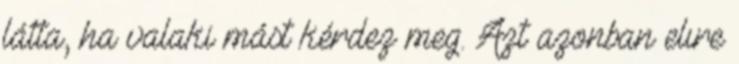
látta, ha valaki mást kérdez meg. Azt azonban elıre